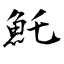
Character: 魠